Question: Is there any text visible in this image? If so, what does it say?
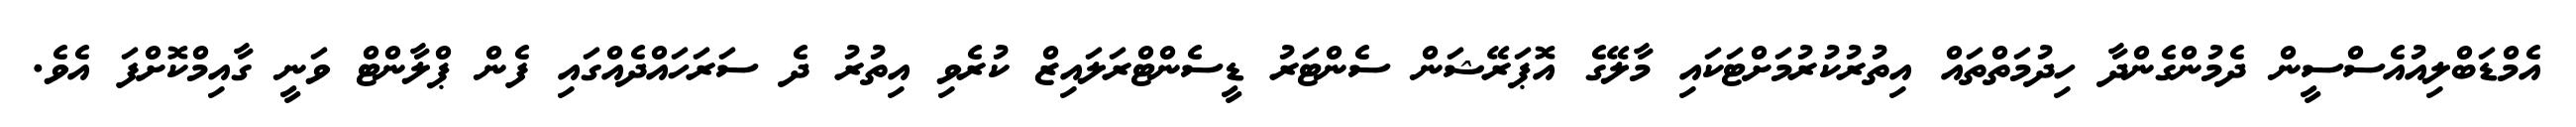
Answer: އެމްޑަބްލިއުއެސްސީން ދެމުންގެންދާ ހިދުމަތްތައް އިތުރުކުރުމަށްޓަކައި މާލޭގެ އޮޕަރޭޝަން ސެންޓަރު ޑީސެންޓްރަލައިޒް ކުރެވި އިތުރު ދެ ސަރަހައްދެއްގައި ފެން ޕްލާންޓް ވަނީ ގާއިމްކޮށްފަ އެވެ.